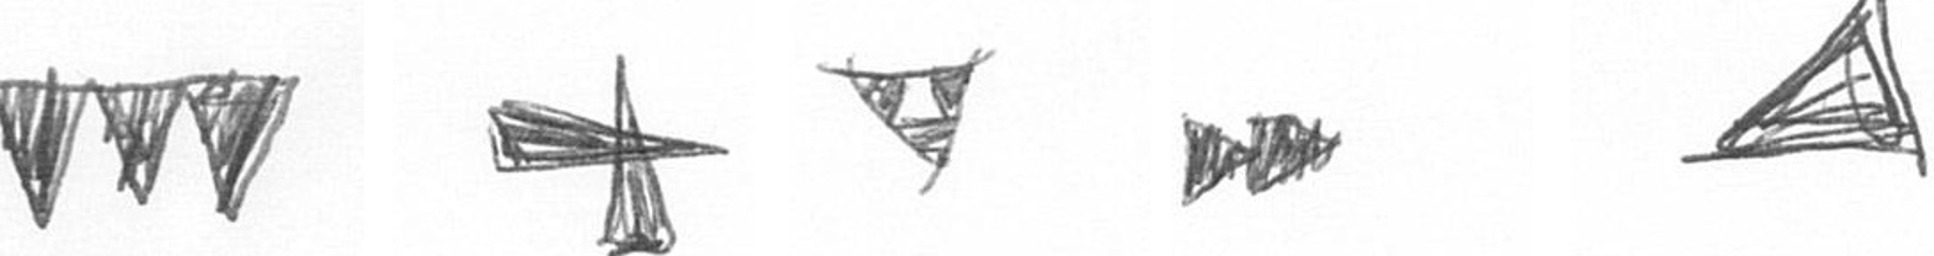
L G S A O